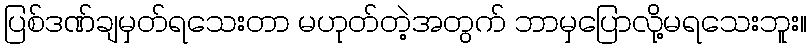
ပြစ်ဒဏ်ချမှတ်ရသေးတာ မဟုတ်တဲ့အတွက် ဘာမှပြောလို့မရသေးဘူး။